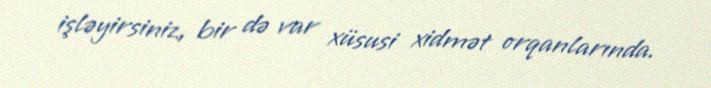
işləyirsiniz, bir də var xüsusi xidmət orqanlarında.